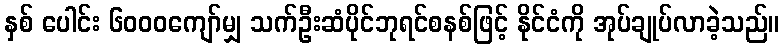
နှစ် ပေါင်း ၆၀၀၀ကျော်မျှ သက်ဦးဆံပိုင်ဘုရင်စနစ်ဖြင့် နိုင်ငံကို အုပ်ချုပ်လာခဲ့သည်။